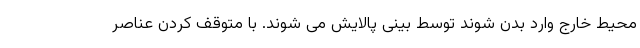
محیط خارج وارد بدن شوند توسط بینی پالایش می شوند. با متوقف کردن عناصر